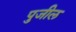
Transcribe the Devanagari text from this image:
पुजील